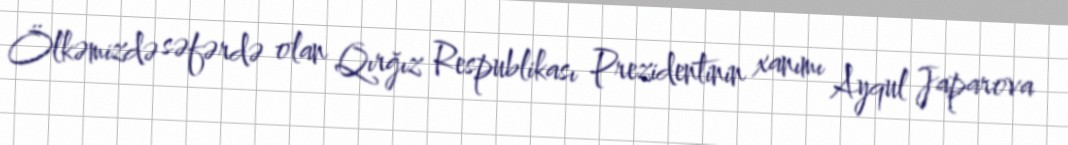
Ölkəmizdə səfərdə olan Qırğız Respublikası Prezidentinin xanımı Ayqul Japarova